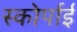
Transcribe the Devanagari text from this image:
स्कोर्पाई